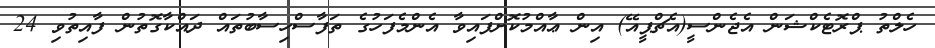
ހެލްތު ޕްރޮޓެކްޝަން އެޖެންސީ(އެޗްޕީއޭ) އިން ޢާއްމުކޮށްފައިވާ އެންމެފަހުގެ ތަފާސްހިސާބުތައް ދައްކާގޮތުން ފާއިތުވި 24